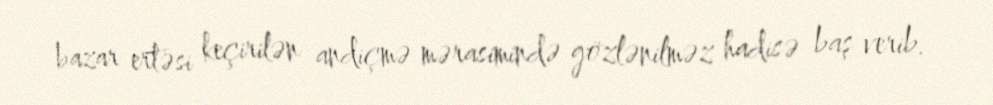
bazar ertəsi keçirilən andiçmə mərasimində gözlənilməz hadisə baş verib.